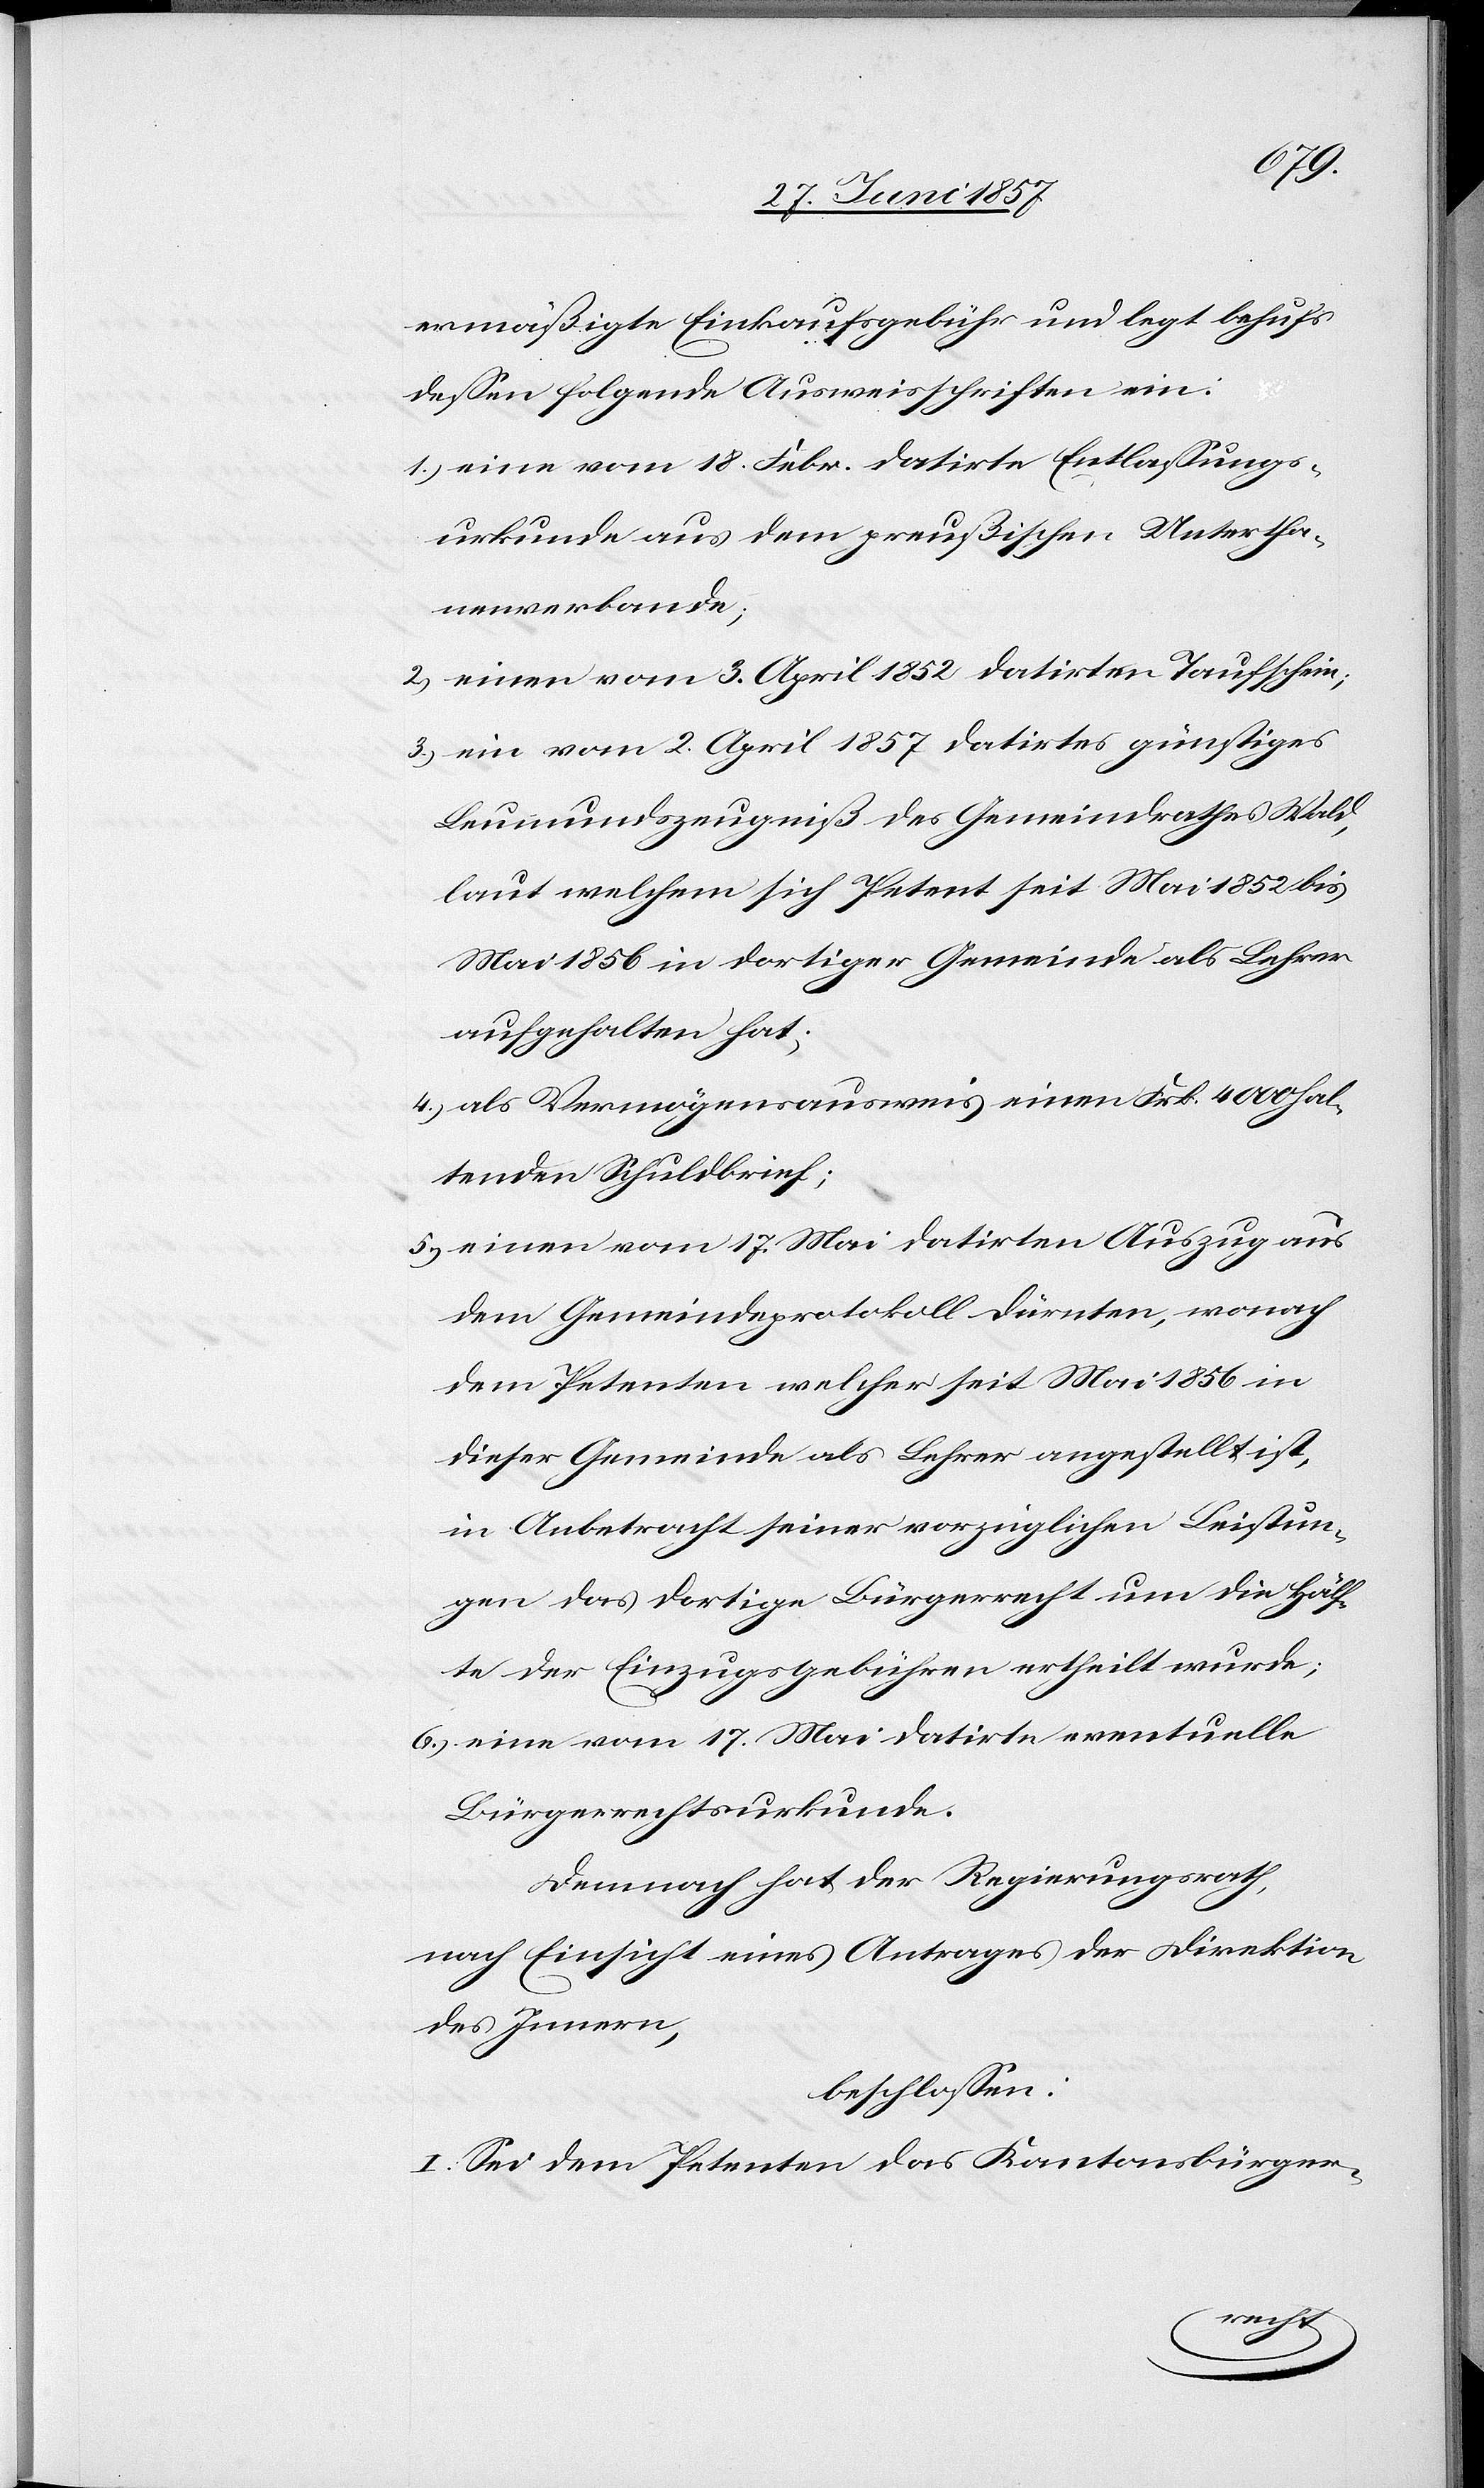
ermäßigte Einkaufsgebühr und legt behufs
dessen folgende Ausweisschriften ein:
1.) eine vom 18 Febr. datirte Entlassungs¬
urkunde aus dem preußischen Untertha¬
nenverbande;
2.) einen vom 3 April 1852 datirten Taufschein;
3.) ein vom 2 April 1857 datirtes günstiges
Leumundszeugniß des Gemeindrathes Wald,
laut welchem sich Petent seit Mai 1852 bis
Mai 1856 in dortiger Gemeinde als Lehrer
aufgehalten hat;
4.) als Vermögensausweis einen Frk. 4 000 hal¬
tenden Schuldbrief;
5.) einen vom 17 Mai datirten Auszug aus
dem Gemeindeprotokoll Dürnten, wonach
dem Petenten welcher seit Mai 1856 in
dieser Gemeinde als Lehrer angestellt ist,
in Anbetracht seiner vorzüglichen Leistun¬
gen das dortige Bürgerrecht um die Hälf¬
te der Einzugsgebühren ertheilt wurde;
6.) eine vom 17 Mai datirte eventuelle
Bürgerrechtsurkunde.
Demnach hat der Regierungsrath,
nach Einsicht eines Antrages der Direktion
des Innern,
beschlossen:
I. Sei dem Petenten das Kantonsbürger-